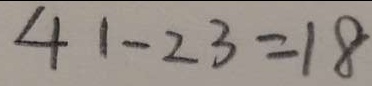
4 1 - 2 3 = 1 8